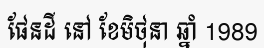
ផែនដី នៅ ខែមិថុនា ឆ្នាំ 1989